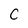
Character: C